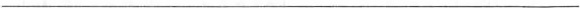
___